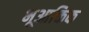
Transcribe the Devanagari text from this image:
भूआक्तिक